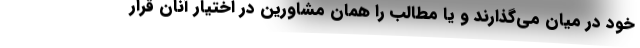
خود در میان می­گذارند و یا مطالب را همان مشاورین در اختیار آنان قرار